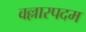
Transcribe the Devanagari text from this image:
वल्लारपदम